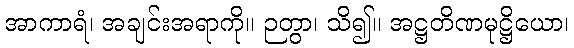
အာကာရံ၊ အချင်းအရာကို။ ဉတွာ၊ သိ၍။ အဋ္ဌတိဏမုဋ္ဌိယော၊